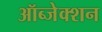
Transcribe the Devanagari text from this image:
ऑब्जेक्शन